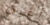
أعرف